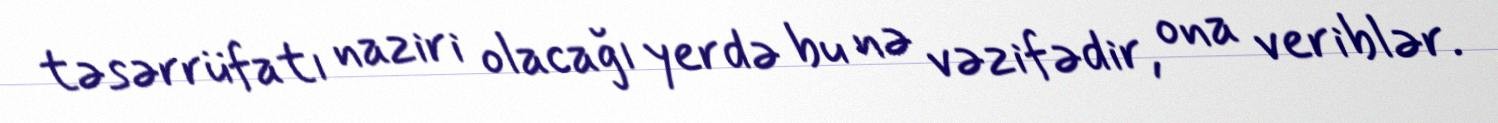
təsərrüfatı naziri olacağı yerdə bu nə vəzifədir, ona veriblər.